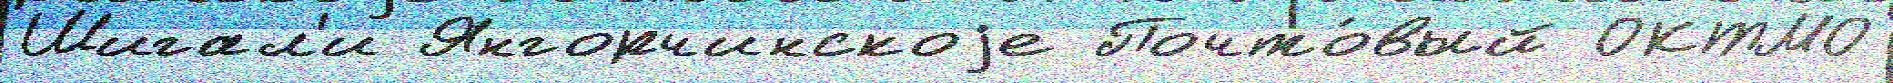
Шигал'и Янгорчинскоjе Почто́вый ОКТМО